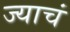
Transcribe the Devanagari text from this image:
ज्याचं